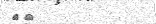
٢٥